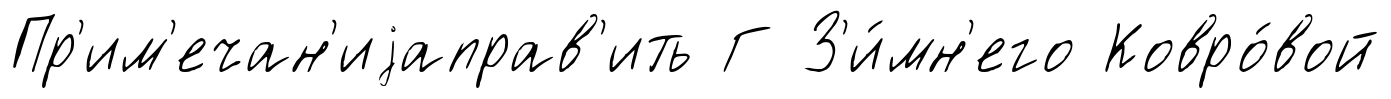
Пр'им'ечан'иjаправ'ить Г З'и́мн'его Ковро́вой